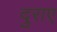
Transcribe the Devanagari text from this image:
दुराए